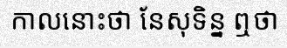
កាលនោះថា នែសុទិន្ន ឮថា